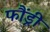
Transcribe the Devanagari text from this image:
फौंड्री